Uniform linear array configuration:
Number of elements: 16
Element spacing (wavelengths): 0.5
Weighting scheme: uniform
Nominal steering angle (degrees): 0
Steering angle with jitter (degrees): -1.882
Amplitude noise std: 0.05
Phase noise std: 0.05

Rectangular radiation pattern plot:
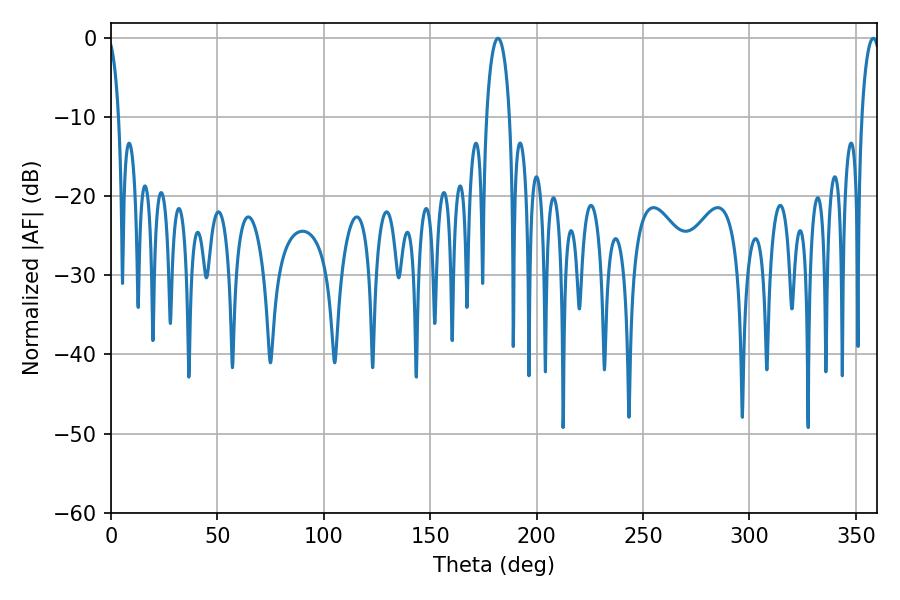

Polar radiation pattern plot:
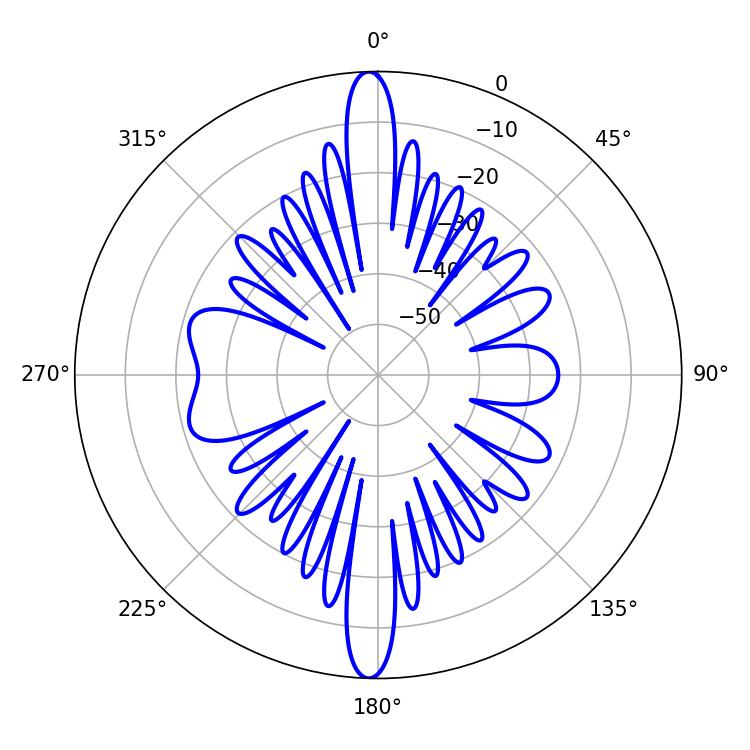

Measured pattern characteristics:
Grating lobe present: FALSE
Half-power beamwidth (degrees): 6.12
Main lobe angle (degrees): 181.8